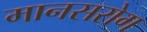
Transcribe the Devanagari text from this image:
मानसरोग